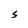
Character: S